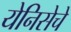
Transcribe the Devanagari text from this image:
येनिसेचे